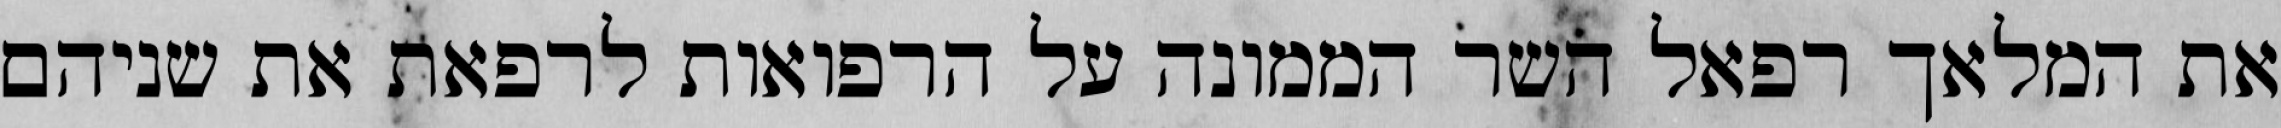
את המלאך רפאל השר הממונה על הרפואות לרפאת את שניהם